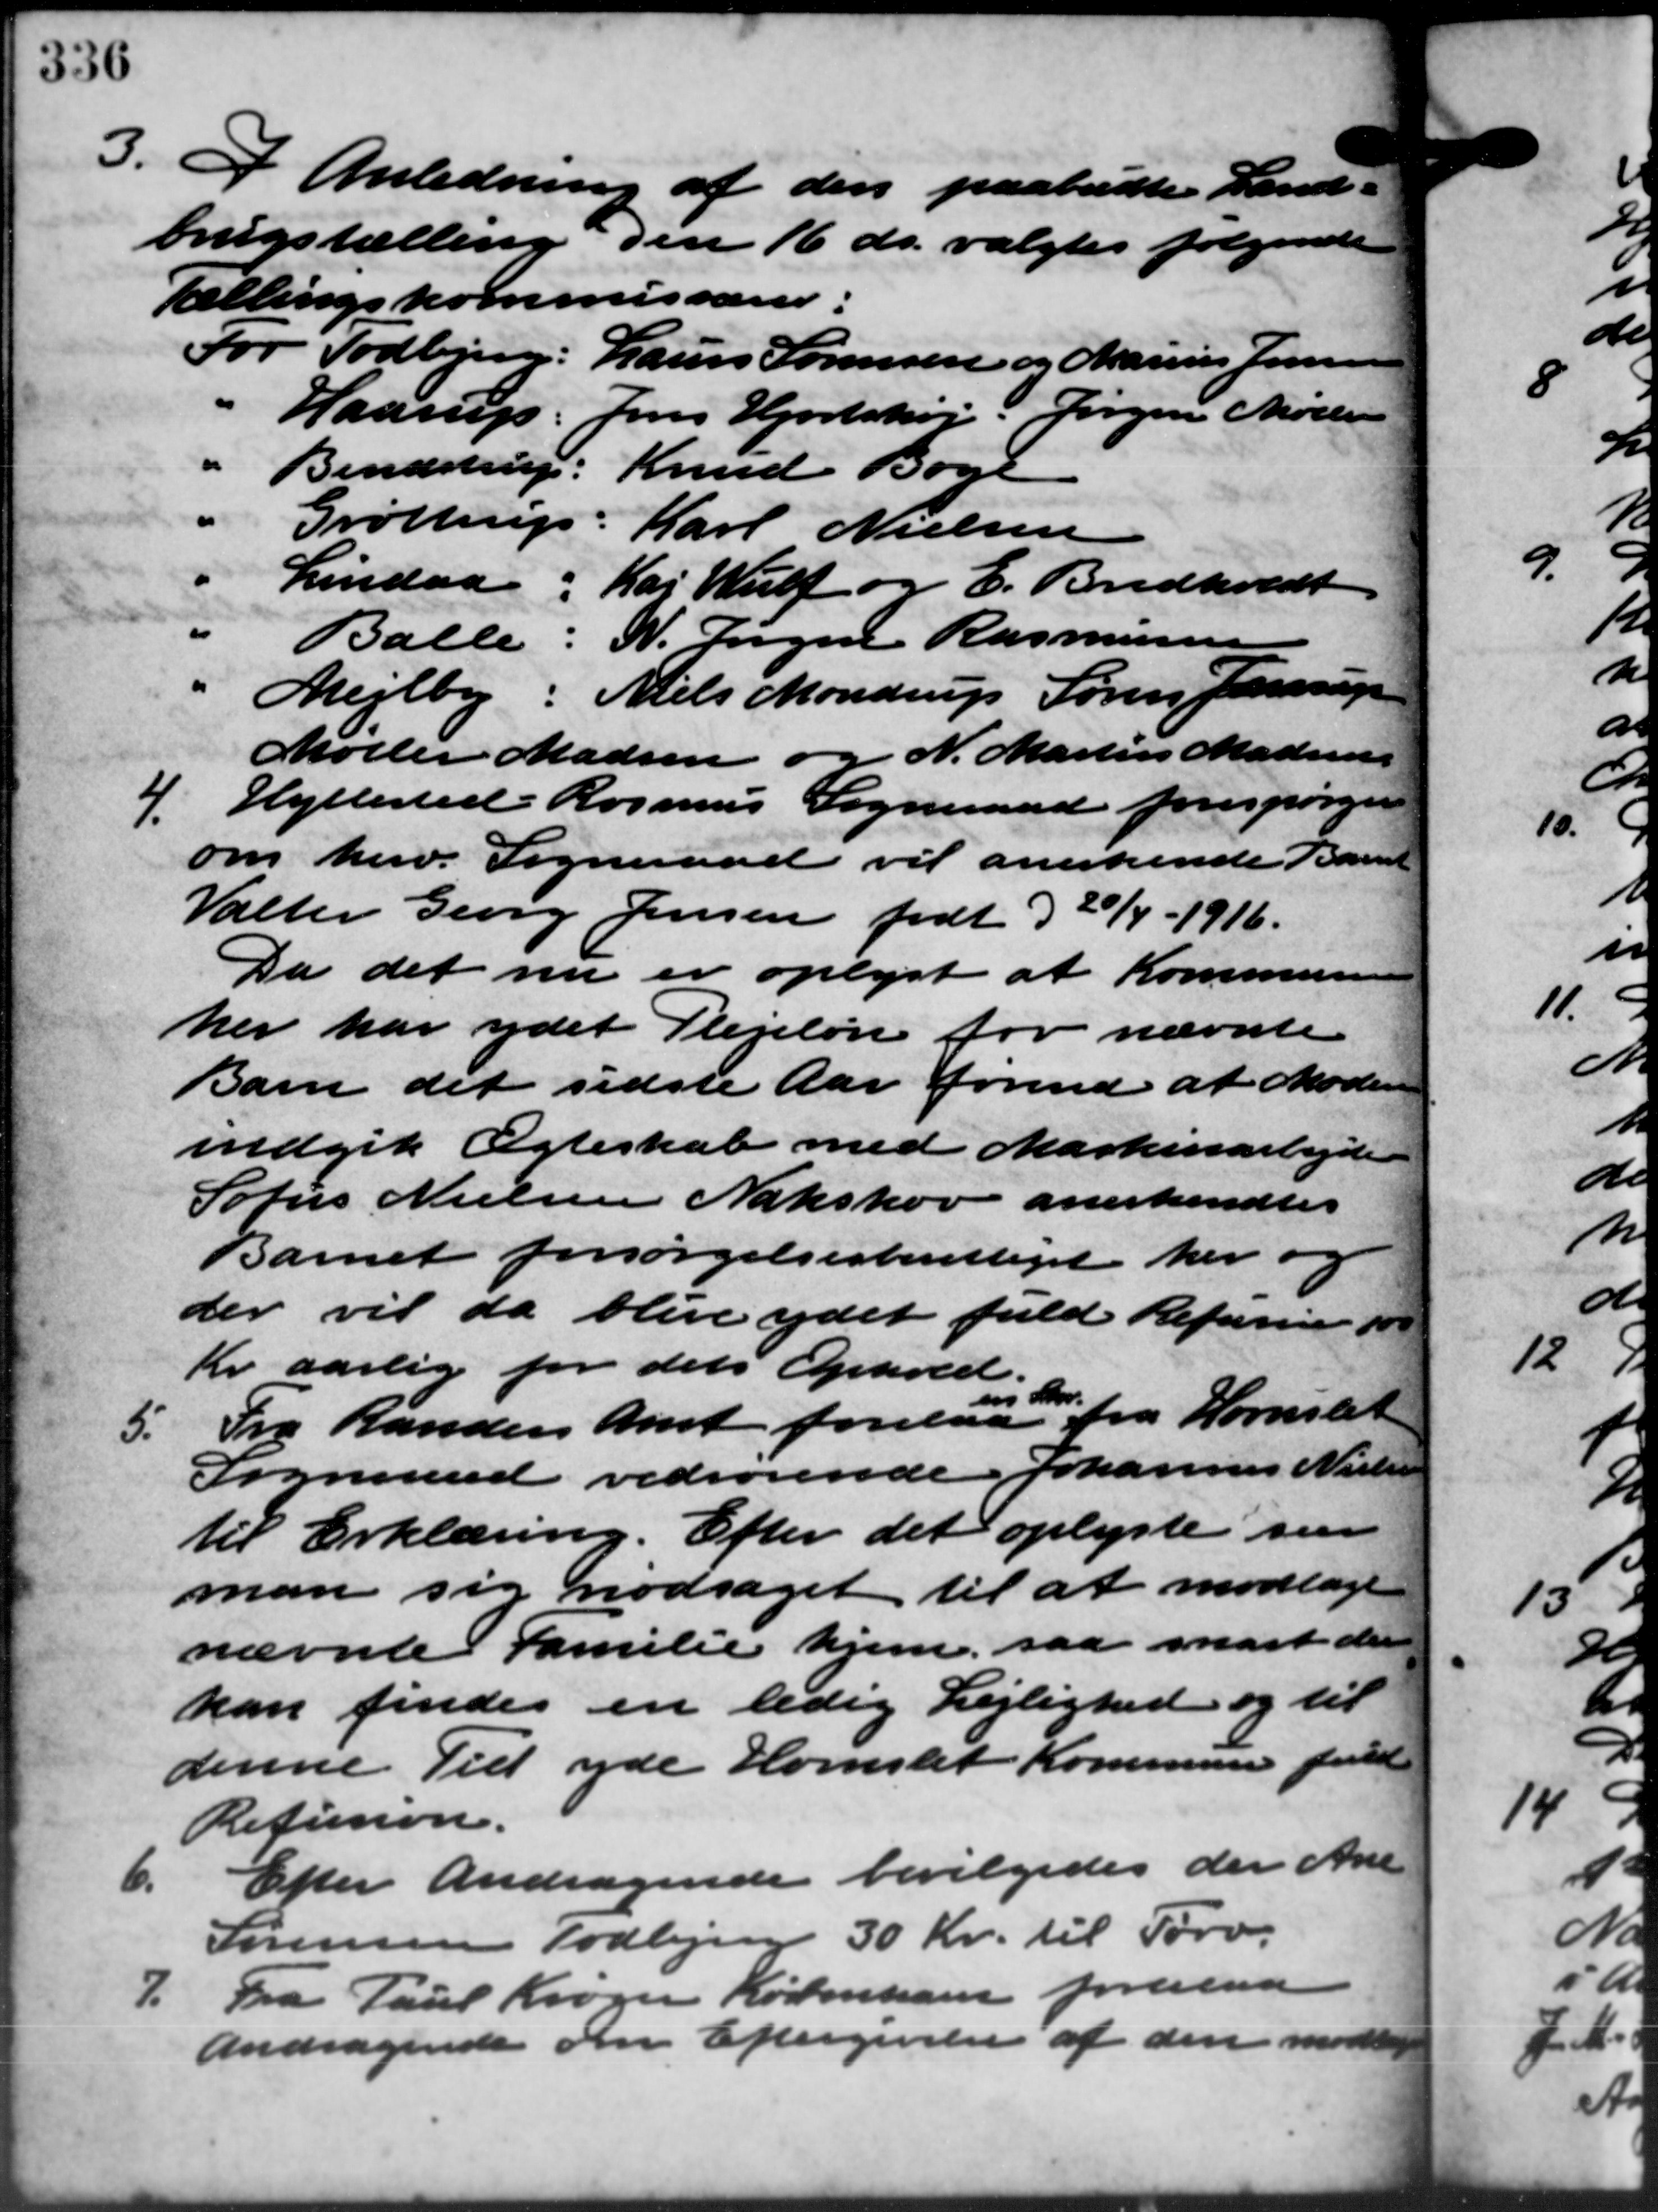
Transskription:
3.3
3.3 Anledning af den paabudte Land –
brugstælling den 16 ds. valgtes følgende
Tællingskommissærer:
For Todbjerg: Laurs Sørensen og Marius Jensen
Haarup
Jens Hjortshøj Jørgen Møller
" Bendstrup: Knud Bog
Grøttrup: Karl Nielsen
Lindaa: Kaj Wulf og E. Bredholdt
Balle: N. Jørgen Rasmussen
Mejlby: Niels Mondrup Søren Jensen
Møller Madsen og N. Martin Madsen

Hyllested Rasmus Sogneraad forespørger
om herv. Sogneraad vil anerkende Barnet
Valter Georg Jensen født d 20/4 - 1916.
Da det nu er oplyst at Kommunens
her har ydet Plejeløn for nævnte
Barn det sidste Aar førend at Moder
indgik Ægteskab med Maskinarbejde
Sofus Nielsen Nakskov anerkendtes
Barnet forsørgelsesberettiget her og
der vil da blive ydet fuld Refusion fo
Kr aarlig for dets Ophold.
5.
Fra Randers Amt forelaa fra Hornslet
Sogneraad vedrørende Johannes Nielsen
til Erklæring. Efter det oplyste sin
man sig nodsaget til at modtage
nævnte Familie hjem, saa snart den
kan findes en ledig Lejlighed og til
denne Til yde Hornslet Kommunen fuld
Refusion.
6.
Efter Andragende bevilgedes der Ane
Sørensen Todbjerg 30 Kr. til Tørv.
7.
Fra Paul Krøger København forelaa
Andragende om Eftergivelse af den modtage